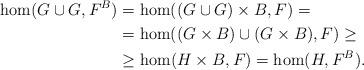
LaTeX: \begin{align*}\hom(G\cup G,F^B) &=\hom((G\cup G)\times B,F)=\\&=\hom((G\times B)\cup (G\times B),F)\geq \\&\geq \hom(H\times B,F)=\hom(H,F^B).\end{align*}